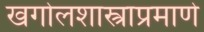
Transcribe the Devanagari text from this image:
खगोलशास्त्राप्रमाणे